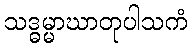
သဒ္ဓမ္မာဃာတုပါသကံ